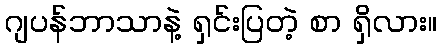
ဂျပန်ဘာသာနဲ့ ရှင်းပြတဲ့ စာ ရှိလား။